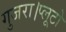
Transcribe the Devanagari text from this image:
गुजरा।प्लूटो